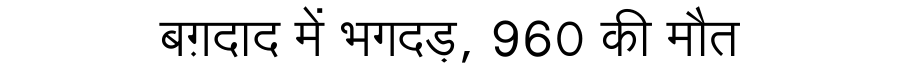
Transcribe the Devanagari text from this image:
बग़दाद में भगदड़, 960 की मौत